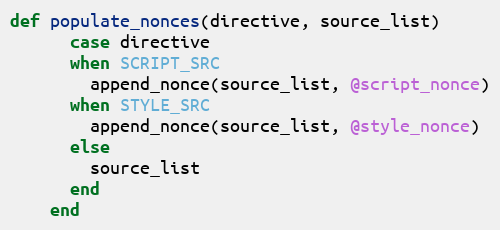
Language: Ruby
def populate_nonces(directive, source_list)
      case directive
      when SCRIPT_SRC
        append_nonce(source_list, @script_nonce)
      when STYLE_SRC
        append_nonce(source_list, @style_nonce)
      else
        source_list
      end
    end